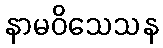
နာမဝိသေသန